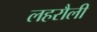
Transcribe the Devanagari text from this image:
लहरौली